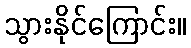
သွားနိုင်ကြောင်း။